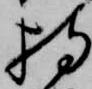
持